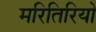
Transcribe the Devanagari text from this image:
मरितिरियो